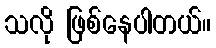
သလို ဖြစ်နေပါတယ်။